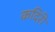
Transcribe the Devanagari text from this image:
कदिरी